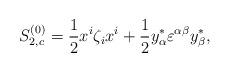
LaTeX: \begin{align*}S^{(0)}_{2,c}={1\over2}x^i\zeta_ix^i+{1\over2}y^*_\alpha\varepsilon^{\alpha\beta}y^*_\beta,\end{align*}